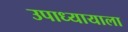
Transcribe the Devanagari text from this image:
उपाध्यायाला